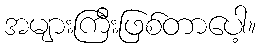
အများကြီးဖြစ်တာပေါ့။